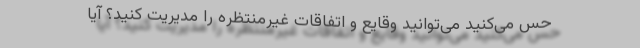
حس می‌کنید می‌توانید وقایع و اتفاقات غیرمنتظره را مدیریت کنید؟ آیا